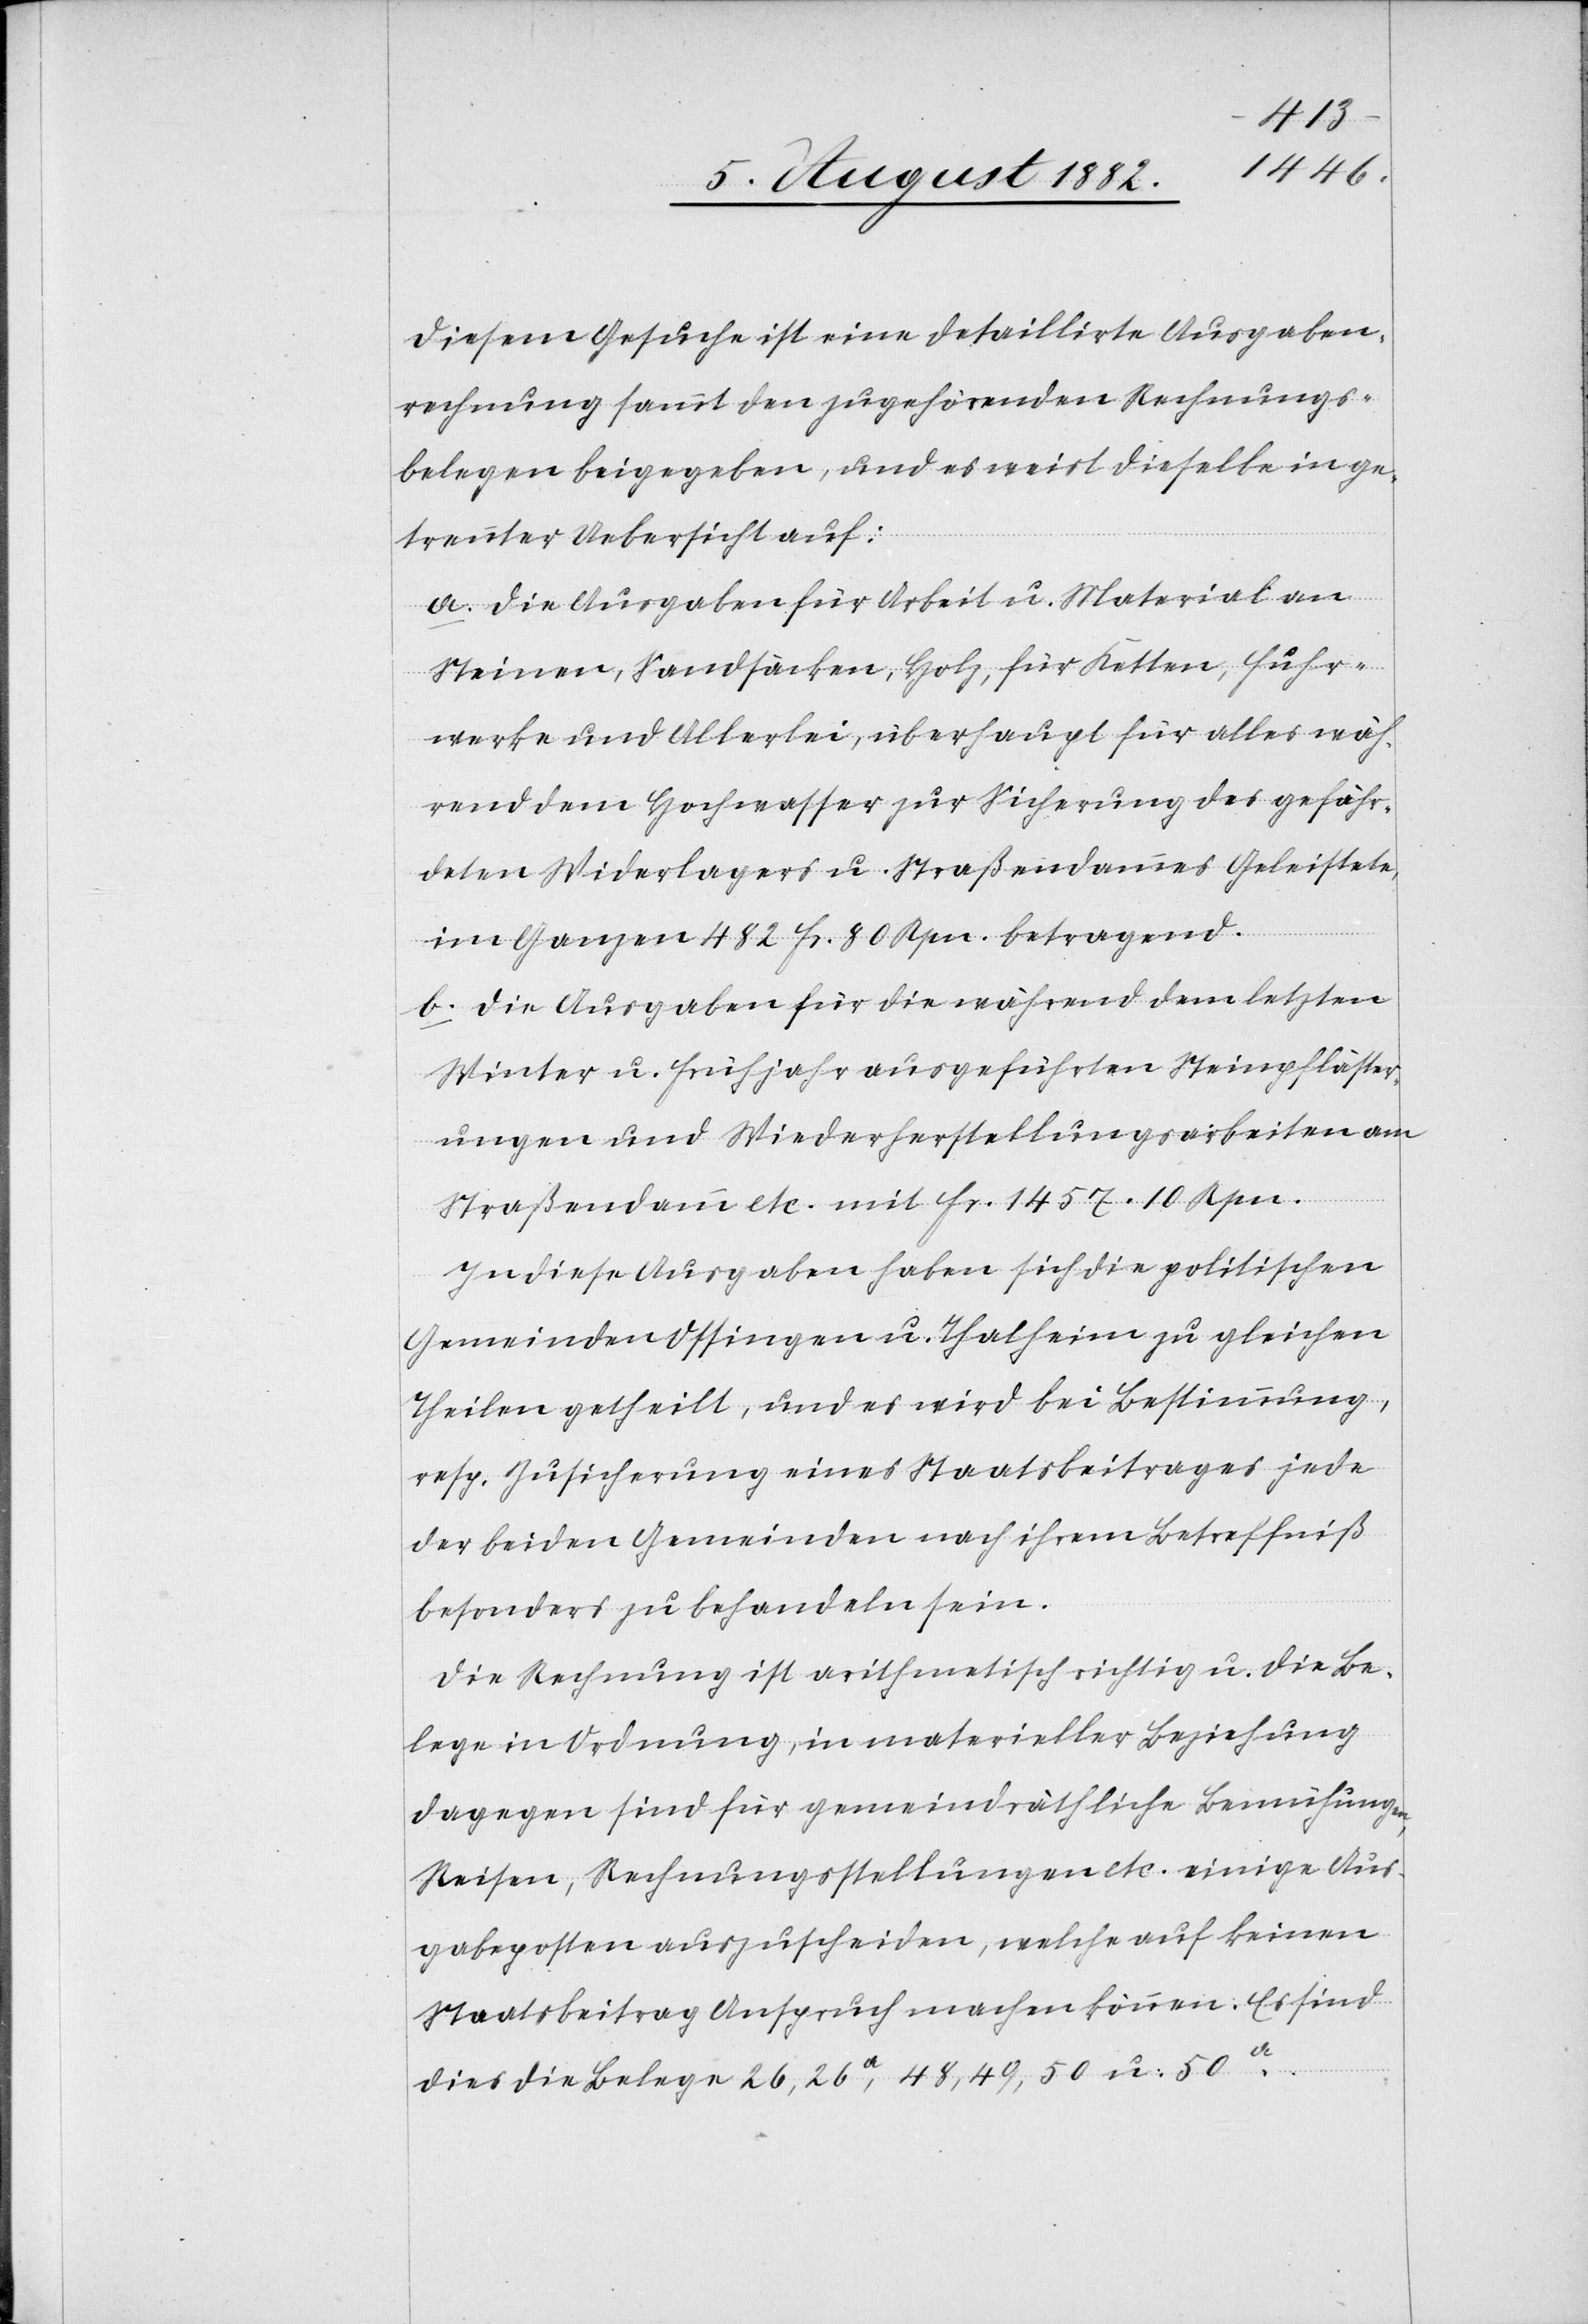
Diesem Gesuche ist eine detaillirte Ausgaben¬
rechnung sammt den zugehörenden Rechnungs¬
belegen beigegeben, und es weist dieselbe in ge¬
trennter Uebersicht auf:
a. Die Ausgaben für Arbeit u. Material an
Steinen, Sandsäcken, Holz, für Ketten, Fuhr¬
werke und Allerlei, überhaupt für alles wäh¬
rend dem Hochwasser zur Sicherung des gefähr¬
deten Widerlagers u. Straßendammes Geleistete,
im Ganzen 482 Fr. 80 Rpn. betragend.
b. Die Ausgaben für die während dem letzten
Winter u. Frühjahr ausgeführten Steinpfläster¬
ungen und Wiederherstellungsarbeiten am
Straßendamm etc. mit Fr. 1457. 10 Rpn.
In diese Ausgaben haben sich die politischen
Gemeinden Ossingen u. Thalheim zu gleichen
Theilen getheilt, und es wird bei Bestimmung,
resp. Zusicherung eines Staatsbeitrages jede
der beiden Gemeinden nach ihrem Betreffniß
besonders zu behandeln sein.
Die Rechnung ist arithmetisch richig u. die Be¬
lege in Ordnung, in materieller Beziehung
dagegen sind für gemeindräthliche Bemühungen,
Reisen, Rechnungsstellungen etc. einige Aus¬
gabeposten auszuscheiden, welche auf keinen
Staatsbeitrag Anspruch machen können. Es sind
dies die Belege 26, 26a, 48, 49, 50 u. 50a.